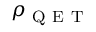
\rho _ { \mathrm { ~ Q ~ E ~ T ~ } }